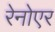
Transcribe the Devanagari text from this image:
रेनोएर